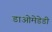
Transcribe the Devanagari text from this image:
डाओमेडेडी